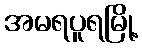
အမရပူရမြို့